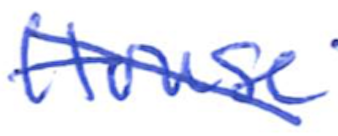
Text: House
Cross-out: diagonal
Writing tool: ballpoint